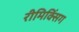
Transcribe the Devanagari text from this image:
रीमिक्सिंग